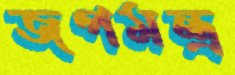
জপমন্ত্র